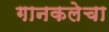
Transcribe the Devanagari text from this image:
गानकलेचा